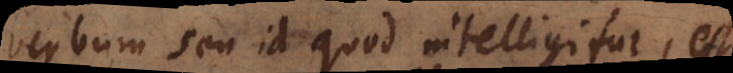
Verbum seu id quod intelligitur, est